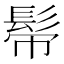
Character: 𩬒